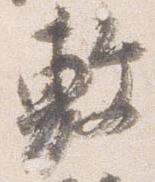
敷